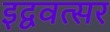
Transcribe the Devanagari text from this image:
इद्ववत्सर